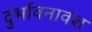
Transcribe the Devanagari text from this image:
दुर्भावनावश